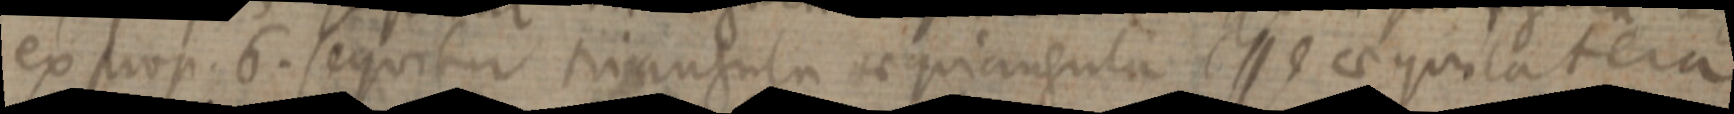
ex prop. 6. sequitur triangula aequiangula esse aequilatera